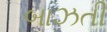
બાઝતી